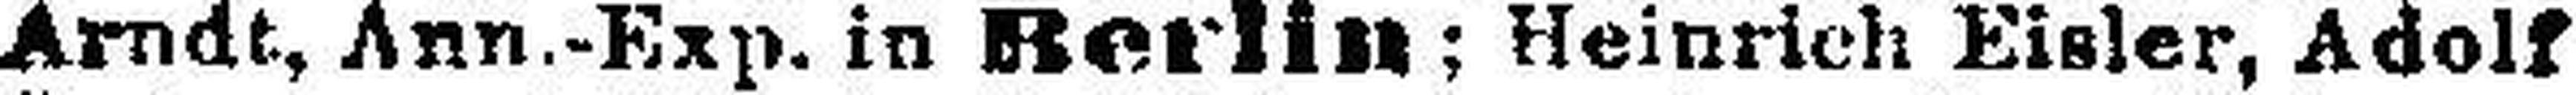
Arndt, Ann.-Exp. in Berlin; Heinrich Eisler, Adolf